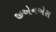
જીએનએસ